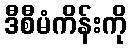
ဒီစီမံကိန်းကို